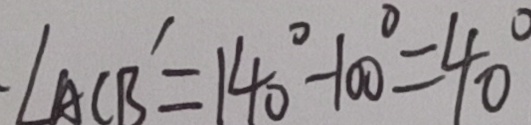
\angle A C B ^ { \prime } = 1 4 0 ^ { \circ } - 1 0 0 ^ { \circ } = 4 0 ^ { \circ }